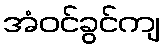
အံဝင်ခွင်ကျ